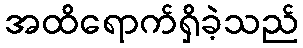
အထိရောက်ရှိခဲ့သည်